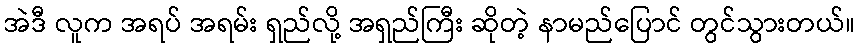
အဲဒီ လူက အရပ် အရမ်း ရှည်လို့ အရှည်ကြီး ဆိုတဲ့ နာမည်ပြောင် တွင်သွားတယ်။